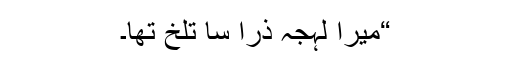
“میرا لہجہ ذرا سا تلخ تھا۔